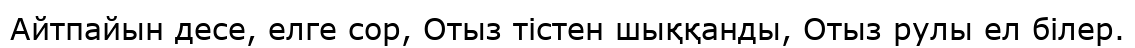
Айтпайын десе, елге сор, Отыз тістен шыққанды, Отыз рулы ел білер.